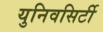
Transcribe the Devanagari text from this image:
युनिवसिर्टी